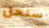
سنحل